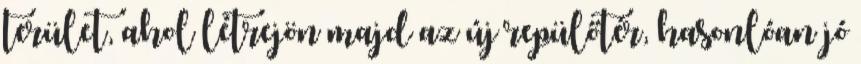
terület, ahol létrejön majd az új repülőtér, hasonlóan jó